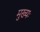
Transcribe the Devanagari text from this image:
मुख्यः